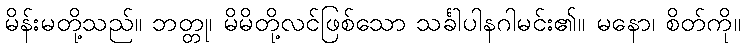
မိန်းမတို့သည်။ ဘတ္တု၊ မိမိတို့လင်ဖြစ်သော သင်္ခါပါနဂါမင်း၏။ မနော၊ စိတ်ကို။